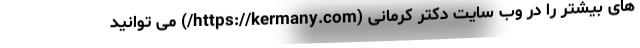
های بیشتر را در وب سایت دکتر کرمانی (https://kermany.com/) می توانید